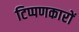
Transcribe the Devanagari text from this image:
टिप्पणकारों